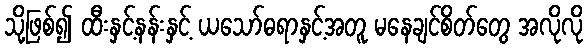
သို့ဖြစ်၍ ထီးနှင့်နန်းနှင့် ယသော်ဓရာနှင့်အတူ မနေချင်စိတ်တွေ အလိုလို